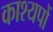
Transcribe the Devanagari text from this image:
काश्यपों